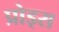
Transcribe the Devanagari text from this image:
प्रोड्स